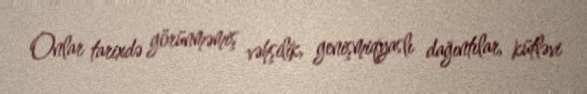
Onlar tarixdə görünməmiş vəhşilik, genişmiqyaslı dağıntılar, kütləvi